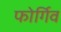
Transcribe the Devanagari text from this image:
फोर्गिव